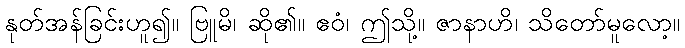
နုတ်အန်ခြင်းဟူ၍။ ဗြူမိ၊ ဆို၏။ ဧဝံ၊ ဤသို့။ ဇာနာဟိ၊ သိတော်မူလော့။